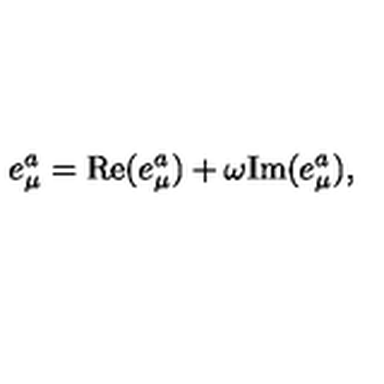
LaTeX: e _ { \mu } ^ { a } = \mathrm { R e } ( e _ { \mu } ^ { a } ) + \omega \mathrm { I m } ( e _ { \mu } ^ { a } ) ,